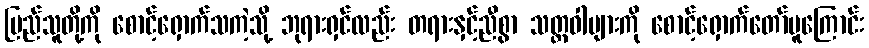
ပြည်သူတို့ကို စောင့်ရှောက်သကဲ့သို့ ဘုရားရှင်လည်း တရားနှင့်ညီစွာ သတ္တဝါများကို စောင့်ရှောက်တော်မူကြောင်း